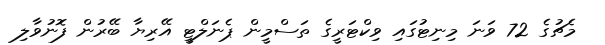
މެޗުގެ 72 ވަނަ މިނިޓުގައި ވިކްޓަރީގެ ތަސްމީން ޕެނަލްޓީ އޭރިޔާ ބޭރުން ފޮނުވާލި